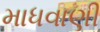
માધવાણી